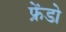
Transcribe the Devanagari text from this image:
फ्रेंडो